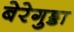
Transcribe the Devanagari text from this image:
बेरेगुड्डा